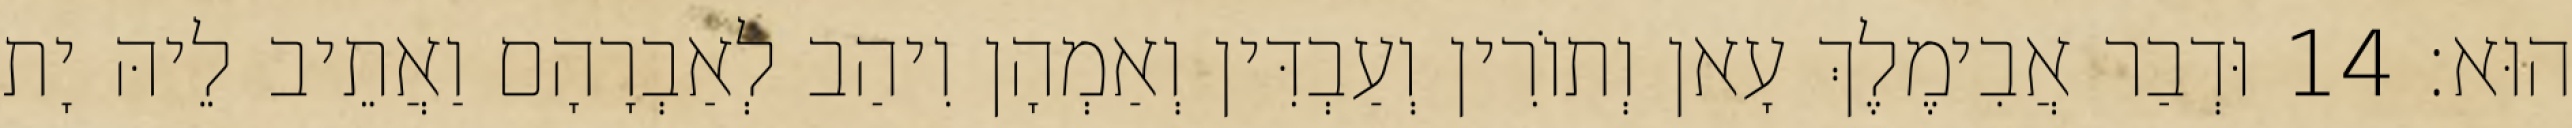
הוּא׃ 14 וּדְבַר אֲבִימֶלֶךְ עָאן וְתוֹרִין וְעַבְדִּין וְאַמְהָן וִיהַב לְאַבְרָהָם וַאֲתֵיב לֵיהּ יָת